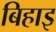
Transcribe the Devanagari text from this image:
बिहाइ